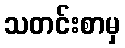
သတင်းစာမှ